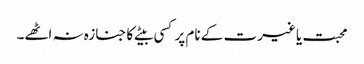
محبت یا غیرت کے نام پر کسی بیٹے کا جنازہ نہ اٹھے۔